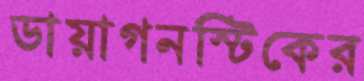
ডায়াগনস্টিকের